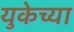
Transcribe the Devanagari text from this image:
युकेच्या